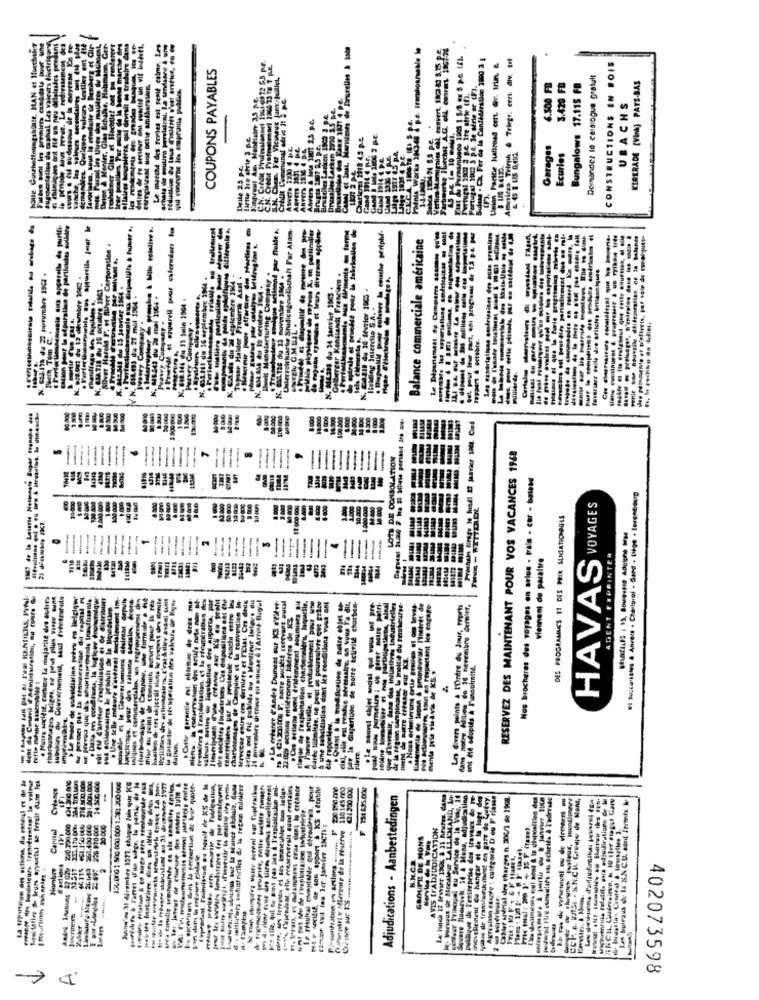
le marche des freies est genie calme, L
Sulass . Ca. Fer da la Candidiration 3000 3
Haliroad cent. Gr. irin. &
Telegr. cert. div. trt
Iets valeurs textiles
COUPONS PAYABLES
CONSTRUCTIONS EN BOIS
pu-dessous de la mayrane
induite de Bemberg
rhwerke Iibechet A.Q. obl covet
Demandez le catalogue gratult
6.500 FB
3.420 FB
Bungalows 17.115 FB
KIRERADE (Vink) PAYS-BAS
Portugal 196:2 3 pe De série of LF
UBACHS
Carikm 118 4,5 p.e.
Penis Works 3943-44
Garages
Americsa Trieph
Ecurios
Union Partes
1917
Portugal
N. CM
Credit
ABVET#
Auver
Anver
pertallane soéricactas # mont
mentation de
--------
Sonique acilonnd por fluke
Balance commerciale americaine
Les esportatione etadriesines des octa promith
Hans cullnuens & prupresser & un rylbs e irde
Pathyfred I. et Sufer Corporation .
is Meinents @ for
de spirale et pruchlé pour is fabrics
N. 6.its du 22 novembre 19C2 .
SMA.718 Ou 16 octobre 1941 .
11 du 16 septembre 1904 .
Casts du Wl ecpicmbre 194 .
Tupsar Halder Frederik Axel .
18 du It octobre 11.4 .
ulacturing Company
Studicngnkach
Ofberger Konstandt Francisco .
K. BUDSIE du 15 Janvier 1964 -
ALL30 du 34 Janvier 1963 +
N. COSin du 30 fevrier 1965 .
Mion pour le separata
Hierctie S.A. .
Surely G.M.MAL .
-----
Pebery Company
Pravey Company
Ippert & octobre.
Osterreic
Holding
Silve
MARE
100.000
20.000
1.000
117 de la Laserie Nationale Buper tramano
LOTS DE CONSOLATION
RESERVEZ DES MAINTENANT POUR VOS VACANCES 1968
14345
Nos brocheres des voyages on arios . bala . car - band
E
14:00
19 Q
HAVAS VOYAGES
DES PROGRAMMES 11 DES PRIX SUNSATIONNES
--
--
19001
viennent de paralire
ADENT ETPRINTER
E.
un
---
ration da capital ml
Peniche betale tovfrasi Socialement im+
La. par
peles ont He publiés au . Monsieur Intec. du
suindie du Gouverneniemt MT
. Le Sage de subsidiafinn wufry co lietglow
ofse de exploitatien charternlers, laguchie.
anuwe de notre activité chartum.
Uns divers points & ITindre du Jour, Prort
dans notre Cullen do 16 nevembre dernier,
Jante alunie, ef probablement pour
Cette Barente est obiemac de
Nous erter ter uma cetoy ret
Benta pris vis Avis de KS. »
le region campinasse,
Here.
0 281.0011 608
14 500.000
Ml dremkre 1971, chaque fois que HE
pour
Guinepari v afterente de la reserve 110 145 m
€4.200.000
734 635.000
Adjudications - Aanbestedingen
+ Pureaus de Moraleur LALLEMAND, L
Mens, adjudication
Agresissn etsote : cultgorie D ou F riasse
Fort we serial dry charges hh. 306/1 de 1908.
Caning
20.000
AVIS [rADJUDICATION
4
GROUPE DE MONS
pulllyse de Tentreprise des trava
Hombre
46.11
----
402073598
>